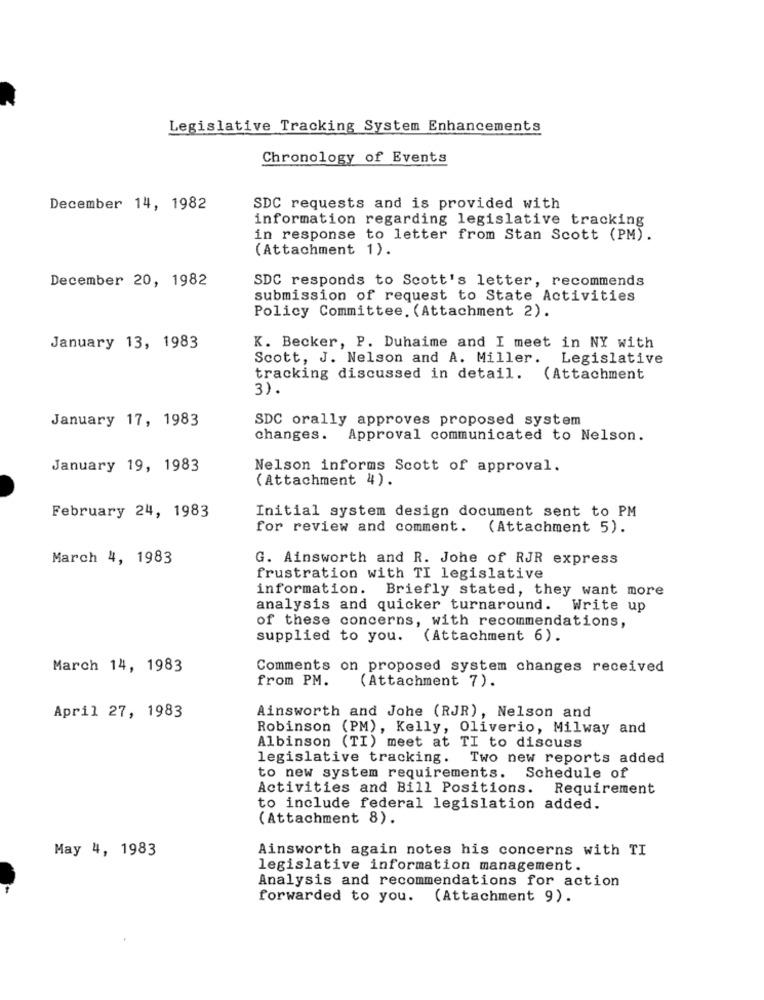
Legislative Tracking System Enhancements
Chronology of Events
December 14, 1982
SDC requests and is provided with
information regarding legislative tracking
in response to letter from Stan Scott (PM).
(Attachment 1).
December 20, 1982
SDC responds to Scott's letter, recommends
submission of request to State Activities
Policy Committee. (Attachment 2).
January 13, 1983
K. Becker, P. Duhaime and I meet in NY with
Scott, J. Nelson and A. Miller. Legislative
tracking discussed in detail. (Attachment
3).
January 17, 1983
SDC orally approves proposed system
changes.
Approval communicated to Nelson.
January 19, 1983
Nelson informs Scott of approval.
(Attachment 4).
February 24, 1983
Initial system design document sent to PM
for review and comment. (Attachment 5).
March 4, 1983
G. Ainsworth and R. Johe of RJR express
frustration with TI legislative
information. Briefly stated, they want more
analysis and quicker turnaround. Write up
of these concerns, with recommendations,
supplied to you. (Attachment 6).
March 14, 1983
Comments on proposed system changes received
from PM.
(Attachment 7).
Ainsworth and Johe (RJR), Nelson and
April 27, 1983
Robinson (PM), Kelly, Oliverio, Milway and
Albinson (TI) meet at TI to discuss
legislative tracking.
Two new reports added
to new system requirements.
Schedule of
Activities and Bill Positions. Requirement
to include federal legislation added.
(Attachment 8).
May 4, 1983
Ainsworth again notes his concerns with TI
legislative information management.
Analysis and recommendations for action
forwarded to you. (Attachment 9).